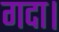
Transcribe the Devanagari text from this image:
गदा।